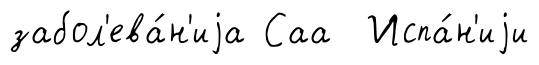
забол'ева́н'иjа Саа Испа́н'иjи